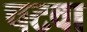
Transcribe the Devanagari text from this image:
चटवा